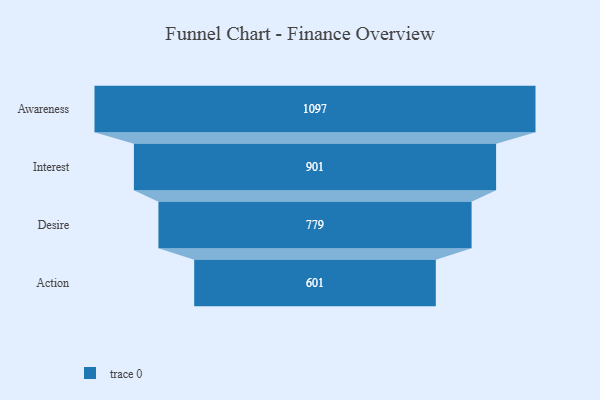
{"axis": {"x": "Stage", "y": "Value"}, "legend": [""], "data": [{"x": "Awareness", "y": 1097.0, "type": ""}, {"x": "Interest", "y": 901.0, "type": ""}, {"x": "Desire", "y": 779.0, "type": ""}, {"x": "Action", "y": 601.0, "type": ""}]}